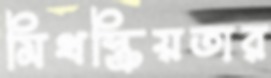
মিথস্ক্রিয়তার